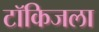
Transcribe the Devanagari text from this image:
टॉकिजला